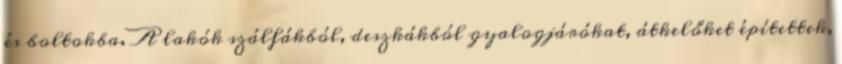
és boltokba. A lakók szálfákból, deszkákból gyalogjárókat, átkelőket építettek,